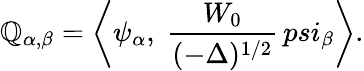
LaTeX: \mathbb{Q}_{\alpha,\beta}=\left<\psi_{\alpha},\ {\frac{{W_{0}}}{{(-\Delta)^{1/2}}}}\, psi_{\beta}\right>.